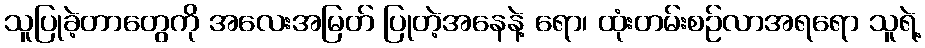
သူပြုခဲ့တာတွေကို အလေးအမြတ် ပြုတဲ့အနေနဲ့ ရော၊ ထုံးတမ်းစဉ်လာအရရော သူရဲ့